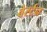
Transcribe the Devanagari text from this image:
वेर्स्‍टन